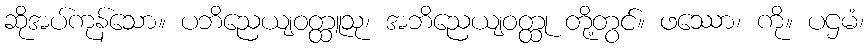
ဆိုအပ်ကုန်သော။ ပဘိညေယျဝတ္ထူသု၊ အဘိညေယျဝတ္ထု တို့တွင်။ ဖဿော၊ ကို။ ပဌမံ၊